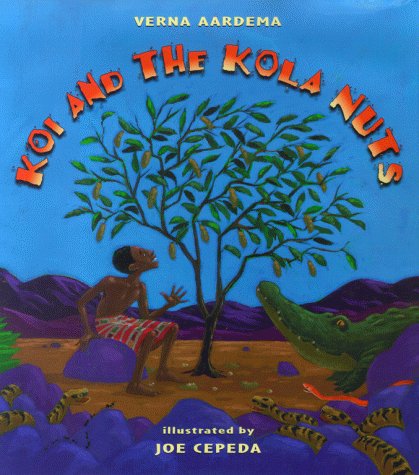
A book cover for Koi and the Kola Nuts: A Tale from Liberia; Verna Aardema; Children's Books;